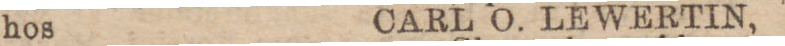
hos CARL O. LEWERTIN,